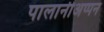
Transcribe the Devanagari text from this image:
पालानीअप्पन